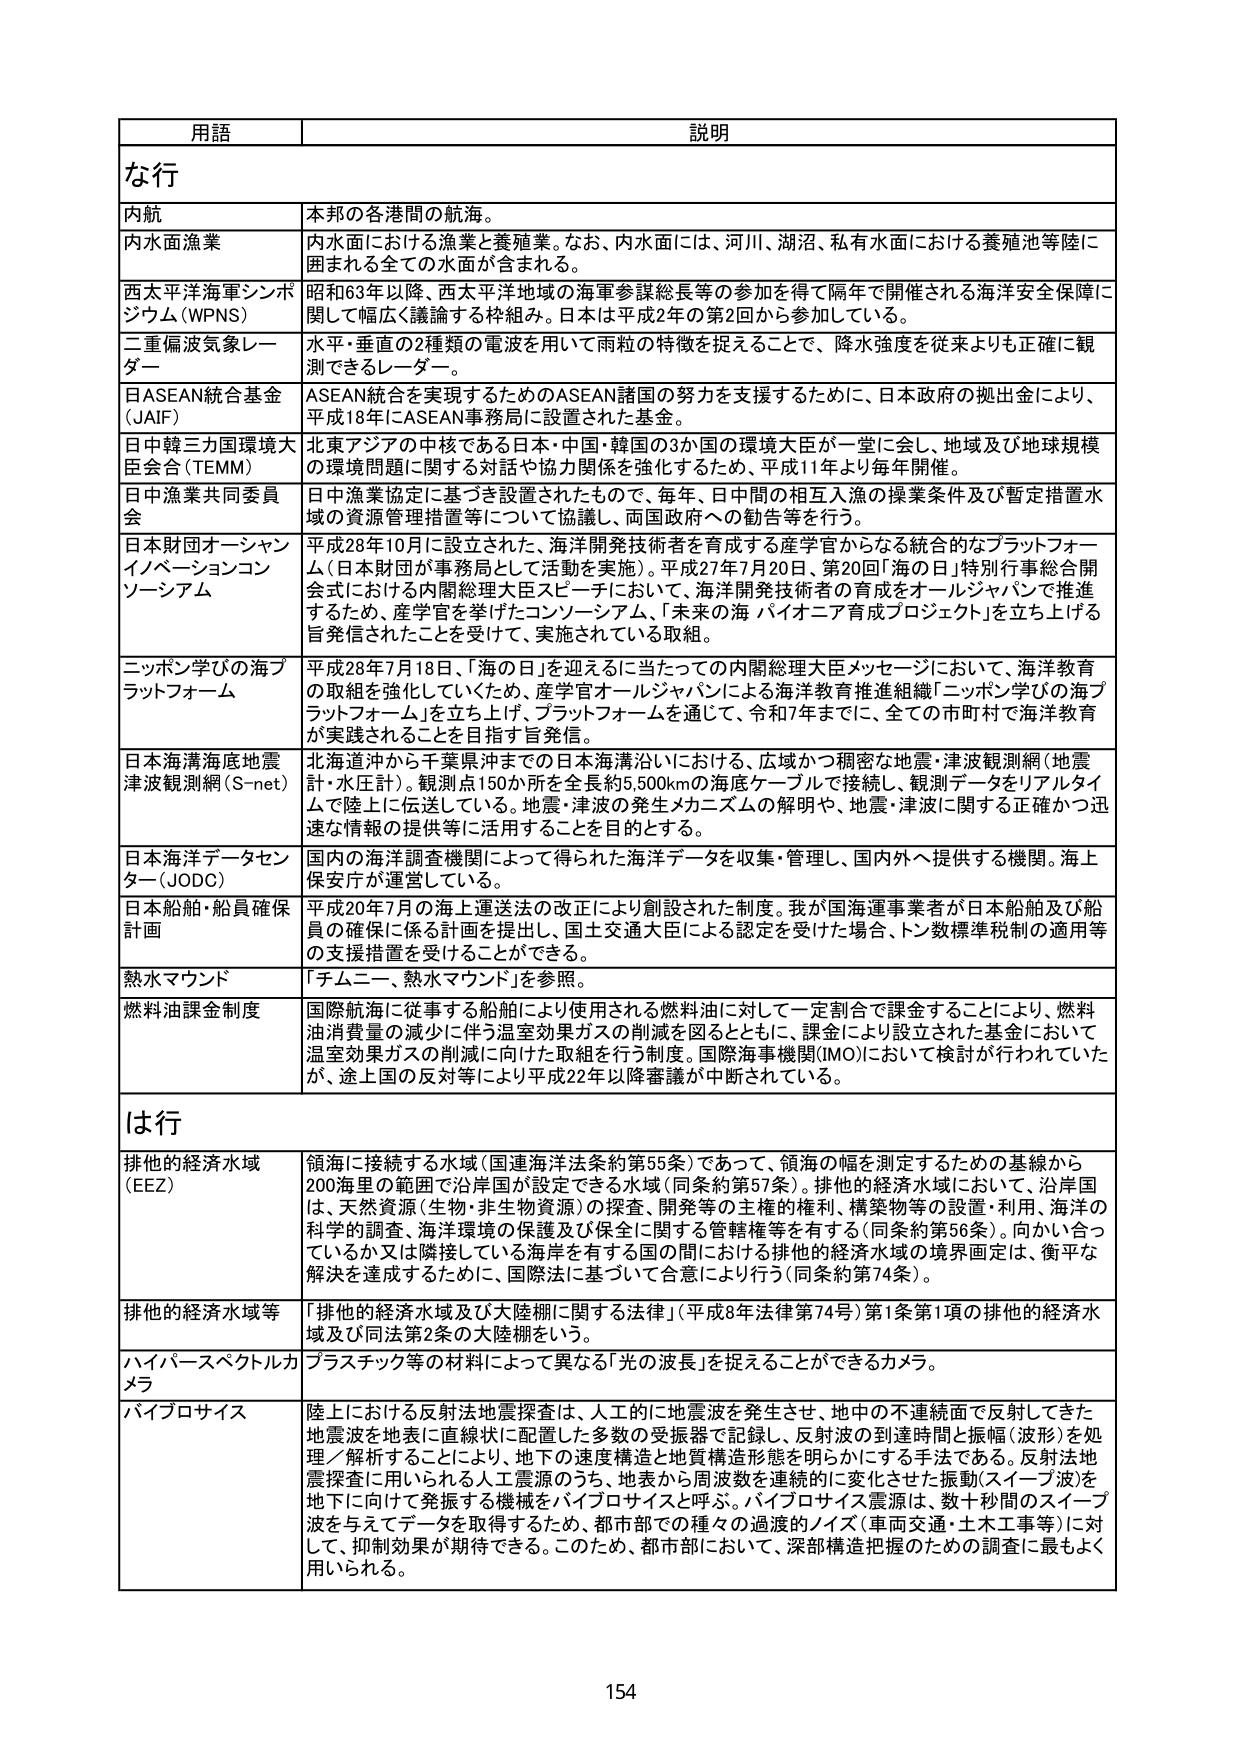
用語 説明
な行
内航 本邦の各港間の航海。
内水面漁業 内水面における漁業と養殖業。なお、内水面には、河川、湖沼、私有水面における養殖池等陸に囲まれた全ての水面が含まれる。
西太平洋海軍シンポジウム（WPNS） 昭和63年以降、西太平洋地域の海軍参謀総長等の参加を得て隔年で開催される海洋安全保障に関して幅広く議論する枠組み。日本は平成2年の第2回から参加している。
二重偏波気象レーダー 水平・垂直の2種類の電波を用いて両粒の特徴を捉えることで、降水強度を従来よりも正確に観測できるレーダー。
日ASEAN統合基金（JAIF） ASEAN統合を実現するためのASEAN諸国の努力を支援するために、日本政府の拠出金により、平成18年にASEAN事務局に設置された基金。
日中韓三カ国環境大臣会合（TEMM） 北東アジアの中核である日本・中国・韓国の3か国の環境大臣が一堂に会し、地域及び地球規模の環境問題に関する対話や協力関係を強化するため、平成11年より毎年開催。
日中漁業共同委員会 日中漁業協定に基づき設置されたもので、毎年、日中間の相互入漁の操業条件及び暫定措置水域の資源管理措置等について協議し、両国政府への勧告等を行う。
日本財団オーシャンイノベーションコンソーシアム 平成28年10月に設立された、海洋開発技術者を育成する産学官からなる統合的なプラットフォーム（日本財団が事務局として活動を実施）。平成27年7月20日、第20回「海の日」特別行事総合開会式における内閣総理大臣スピーチにおいて、海洋開発技術者の育成をオールジャパンで推進するため、産学官を挙げたコンソーシアム、「未来の海 バイオニア育成プロジェクト」を立ち上げる旨発信されたことを受けて、実施されている取組。
ニッポン学びの海プラットフォーム 平成28年7月18日、「海の日」を迎えるに当たっての内閣総理大臣メッセージにおいて、海洋教育の取組を強化していくため、産学官オールジャパンによる海洋教育推進組織「ニッポン学びの海プラットフォーム」を立ち上げ、プラットフォームを通じて、令和7年までに、全ての市町村で海洋教育を実践されることを目指す旨発信。
日本海溝海底地震津波観測網（S-net） 北海道沖から千葉県沖までの日本海溝沿いにおける、広域かつ稠密な地震・津波観測網（地震計・水圧計）。観測点150か所を全長約5,500kmの海底ケーブルで接続し、観測データをリアルタイムで陸上に伝送している。地震・津波の発生メカニズムの解明や、地震・津波に関する正確かつ迅速な情報の提供等に活用することを目的とする。
日本海洋データセンター（JODC） 国内の海洋調査機関によって得られた海洋データを収集・管理し、国内外へ提供する機関。海上保安庁が運営している。
日本船舶・船員確保計画 平成20年7月の海上運送法の改正により創設された制度。我が国海運事業者が日本船舶及び船員の確保に係る計画を提出し、国土交通大臣による認定を受けた場合、トン数標準税制の適用等の支援措置を受けることができる。
熱水マウンド 「チムニー、熱水マウンド」を参照。
燃料油課金制度 国際航海に従事する船舶により使用される燃料油に対して一定割合で課金することにより、燃料油消費量の減少に伴う温室効果ガスの削減を図るとともに、課金により設立された基金において温室効果ガスの削減に向けた取組を行う制度。国際海事機関（IMO）において検討が行われていたが、途上国の反対等により平成22年以降審議が中断されている。
は行
排他的経済水域（EEZ） 領海に接続する水域（国連海洋法条約第55条）であって、領海の幅を測定するための基線から200海里の範囲で沿岸国が設定できる水域（同条約第57条）。排他的経済水域において、沿岸国は、天然資源（生物・非生物資源）の探査、開発等の主権的権利、構築物等の設置・利用、海洋の科学的調査、海洋環境の保護及び保全に関する管轄権等を有する（同条約第56条）。向かい合っているか又は隣接している海岸を有する国間における排他的経済水域の境界画定は、衡平な解決を達成するために、国際法に基づいて合意により行う（同条約第74条）。
排他の経済水域等 「排他的経済水域及び大陸棚に関する法律」（平成8年法律第74号）第1条第1項の排他的経済水域及び同法第2条の大陸棚をいう。
ハイパースペクトルカメラ プラスチック等の材料によって異なる「光の波長」を捉えることができるカメラ。
バイプロサイズ 陸上における反射法地震探査は、人工的に地震波を発生させ、地中の不連続面で反射してきた地震波を地表に直線状に配置した多数の受振器で記録し、反射波の到達時間と振幅（波形）を処理／解析することにより、地下の速度構造と地質構造形態を明らかにする手法である。反射法地震探査に用いられる人工震源のうち、地表から周波数を連続的に変化させた振動（スイープ波）を地下に向けて発振する機械をバイプロサイズと呼ぶ。バイプロサイズ震源は、数十秒間のスイープ波を与えてデータを取得するため、都市部での種々の過渡的ノイズ（車両交通・土木工事等）に対して、抑制効果が期待できる。このため、都市部において、深部構造把握のための調査に最もよく用いられる。
154